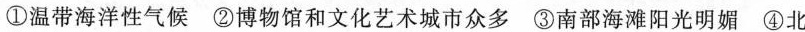
①温带海洋性气候 ②博物馆和文化艺术城市众多 ③南部海滩阳光明媚 ④北